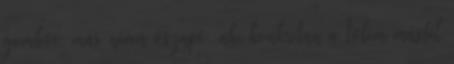
gombóc, más néven őszapó, aki konkrétan a tőlem másfél